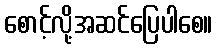
စောင့်လို့အဆင်ပြေပါစေ။